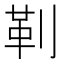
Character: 𪟋